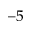
^ { - 5 }